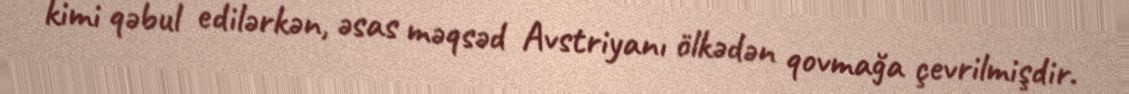
kimi qəbul edilərkən, əsas məqsəd Avstriyanı ölkədən qovmağa çevrilmişdir.